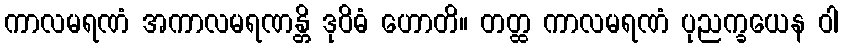
ကာလမရဏံ အကာလမရဏန္တိ ဒုဝိဓံ ဟောတိ။ တတ္ထ ကာလမရဏံ ပုညက္ခယေန ဝါ